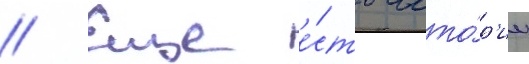
// Еще е́сть исто́р'ии